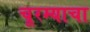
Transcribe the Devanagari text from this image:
चूरम्याचा